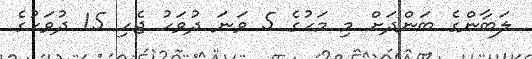
ލަބާންގެ ބަންދަށް މި މަހުގެ 5 ވަނަ ދުވަހު ޖެހި 15 ދުވަހުގެ